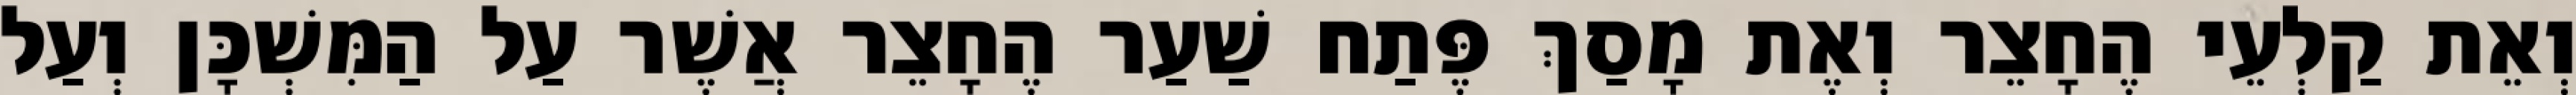
וְאֵת קַלְעֵי הֶחָצֵר וְאֶת מָסַךְ פֶּתַח שַׁעַר הֶחָצֵר אֲשֶׁר עַל הַמִּשְׁכָּן וְעַל